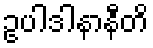
ဥပါဒါနာနီတိ